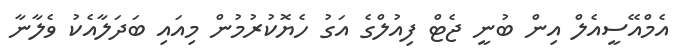
އެމްއޭސީއެލް އިން ބުނީ ޖެޓް ފިއުލްގެ އަގު ހެޔޮކުރުމުން މިއައި ބަދަލާއެކު ވެލާނާ